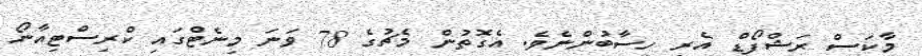
މާކަސް ރަޝްފޯޑް އެރި ހިސާބުންނެވެ. އެގޮތުން މެޗުގެ 78 ވަނަ މިނެޓްގައި ކްރިސްޓިއާނޯ